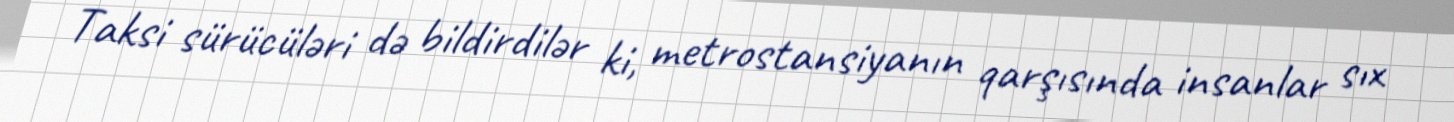
Taksi sürücüləri də bildirdilər ki, metrostansiyanın qarşısında insanlar sıx